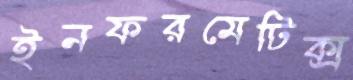
ইনফরমেটিক্স